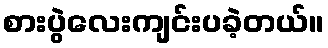
စားပွဲလေးကျင်းပခဲ့တယ်။